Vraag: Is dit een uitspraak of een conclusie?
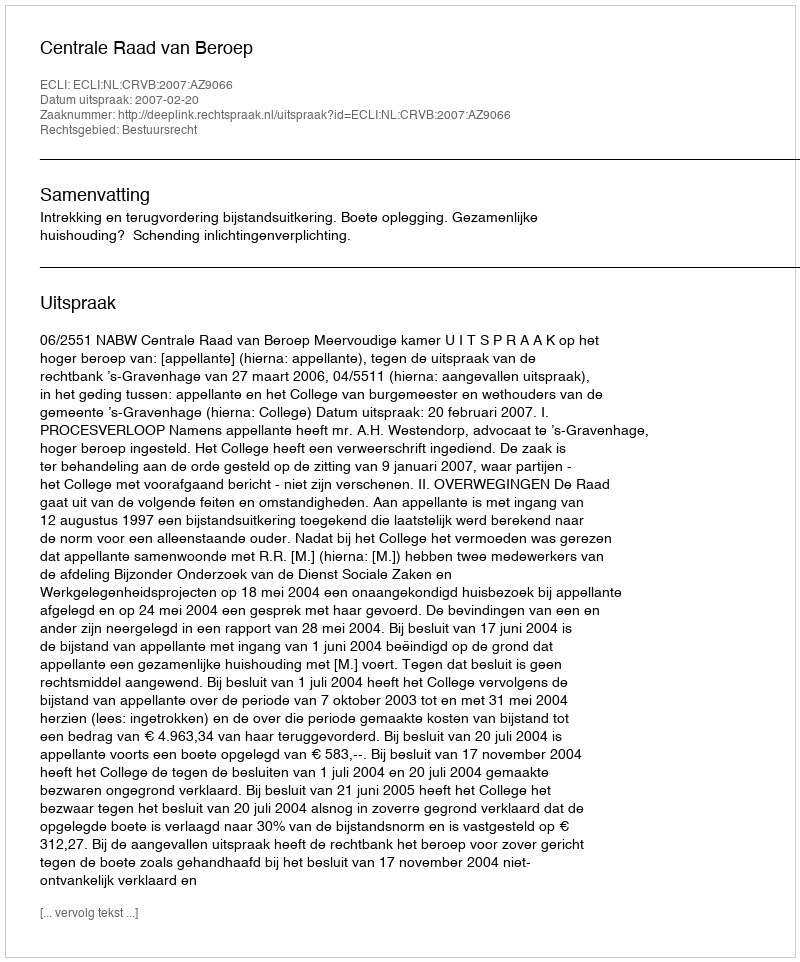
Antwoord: Uitspraak